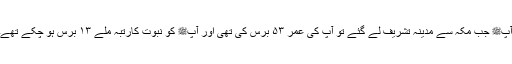
آپﷺ جب مکہ سے مدینہ تشریف لے گئے تو آپ کی عمر ۵۳ برس کی تھی اور آپﷺ کو نبوت کارتبہ ملے ۱۳ برس ہو چکے تھے۔